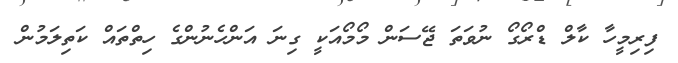
ފިރިމީހާ ކާލް ޑްރޯގޯ ނުވަތަ ޖޭސަން މޯމޯއަކީ ގިނަ އަންހެނުންގެ ހިތްތައް ކަތިލަމުން